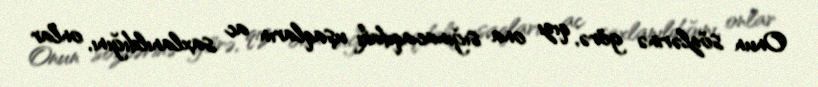
Onun sözlərinə görə, qızı ona sığınacaqdakı uşaqların ac saxlanıldığını, onlar